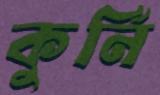
কুর্নি